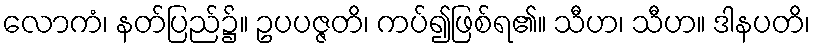
လောကံ၊ နတ်ပြည်၌။ ဥပပဇ္ဇတိ၊ ကပ်၍ဖြစ်ရ၏။ သီဟ၊ သီဟ။ ဒါနပတိ၊